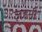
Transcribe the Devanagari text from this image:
ज़हनी